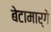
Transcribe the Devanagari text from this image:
बेटामार्गे